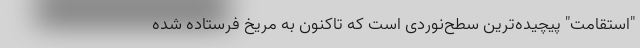
"استقامت" پیچیده‌ترین سطح‌نوردی است که تاکنون به مریخ فرستاده شده